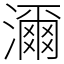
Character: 濔